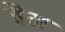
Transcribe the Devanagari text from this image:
वैम